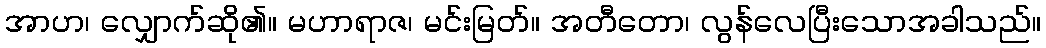
အာဟ၊ လျှောက်ဆို၏။ မဟာရာဇ၊ မင်းမြတ်။ အတီတော၊ လွန်လေပြီးသောအခါသည်။